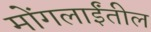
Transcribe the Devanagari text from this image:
मोंगलाईंतील